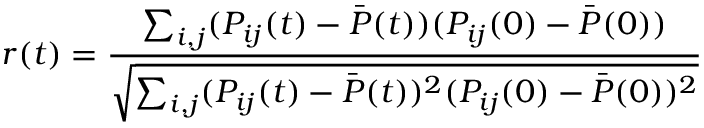
r ( t ) = \frac { \sum _ { i , j } ( P _ { i j } ( t ) - \bar { P } ( t ) ) ( P _ { i j } ( 0 ) - \bar { P } ( 0 ) ) } { \sqrt { \sum _ { i , j } ( P _ { i j } ( t ) - \bar { P } ( t ) ) ^ { 2 } ( P _ { i j } ( 0 ) - \bar { P } ( 0 ) ) ^ { 2 } } }